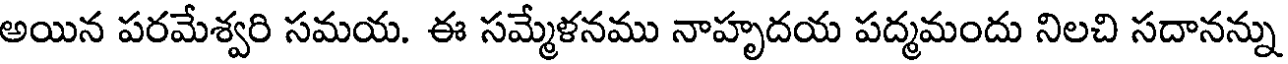
అయిన పరమేశ్వరి సమయ. ఈ సమ్మేళనము నాహృదయ పద్మమందు నిలచి సదానన్ను